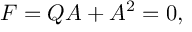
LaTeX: { \cal F } = Q { \cal A } + { \cal A } ^ { 2 } = 0 ,